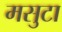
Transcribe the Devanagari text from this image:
मसुटा